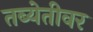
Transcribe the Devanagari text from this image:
तब्येतीवर